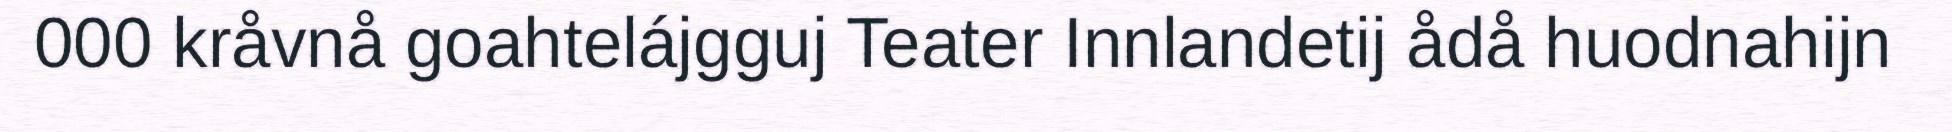
000 kråvnå goahtelájgguj Teater Innlandetij ådå huodnahijn